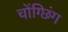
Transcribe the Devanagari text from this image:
चोंग्छिंग